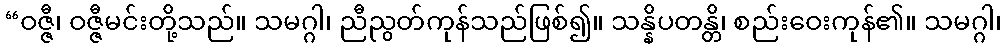
“ဝဇ္ဇီ၊ ဝဇ္ဇီမင်းတို့သည်။ သမဂ္ဂါ၊ ညီညွတ်ကုန်သည်ဖြစ်၍။ သန္နိပတန္တိ၊ စည်းဝေးကုန်၏။ သမဂ္ဂါ၊